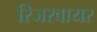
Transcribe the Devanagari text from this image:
रिजरवायर